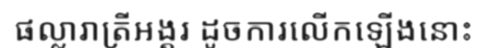
ផល្លារាត្រីអង្គរ ដូចការលើកឡើងនោះ